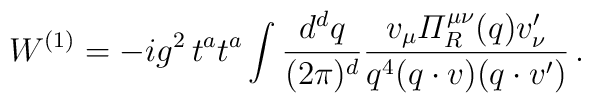
W^{(1)} = - i g^2 \, t^a t^a\int \frac{d^d q}{(2 \pi)^d}\frac{v_\mu {\mit\Pi}_R^{\mu\nu} (q) v'_\nu}{q^4 (q \cdot v) (q \cdot v')}\, .